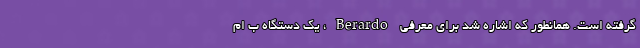
گرفته است. همانطور که اشاره شد برای معرفی Berardo، یک دستگاه ب ام